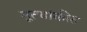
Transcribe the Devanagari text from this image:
मूल्यांकीत